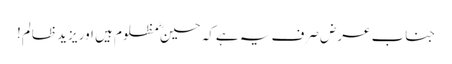
جناب عرض صرف یہ ہےکہ حسینؓ مظلوم ہیں اور یزید ظالم!